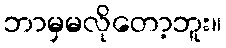
ဘာမှမလိုတော့ဘူး။